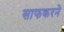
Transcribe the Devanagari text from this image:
साफकरने